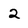
Character: 2